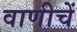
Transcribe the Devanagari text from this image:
वाणीचें